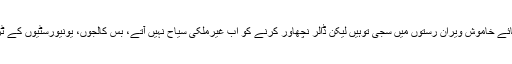
کیلاشی لڑکیاں وزنی اور تکلیف دہ لباسوں کا بوجھ اُٹھائے خاموش ویران رستوں میں سجی توہیں لیکن ڈالر نچھاور کرنے کو اب غیرملکی سیاح نہیں آتے، بس کالجوں، یونیورسٹیوں کے ٹرپ اور اِکّا دُکّا کنگلا سیاح بھولے بھٹکے چلا آتا ہے۔